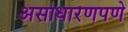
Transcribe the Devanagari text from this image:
असाधारणपणे